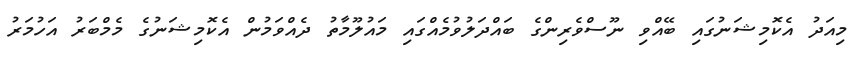
މިއަދު އެކޮމިޝަނުގައި ބޭއްވި ނޫސްވެރިންގެ ބައްދަލުވުމެއްގައި މައުލޫމާތު ދެއްވަމުން އެކޮމިޝަނުގެ މެމްބަރު އަހުމަރު